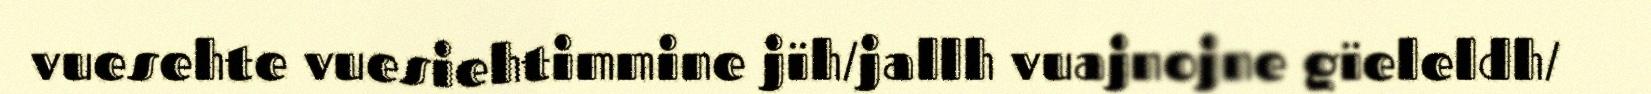
vuesehte vuesiehtimmine jïh/jallh vuajnojne gïeleldh/